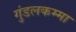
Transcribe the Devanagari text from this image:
गुंडलकम्मा